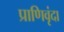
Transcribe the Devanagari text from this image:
प्राणिवृंदा